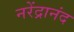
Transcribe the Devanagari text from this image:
नरेंद्रानंद